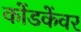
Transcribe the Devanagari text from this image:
कोंडकेंवर